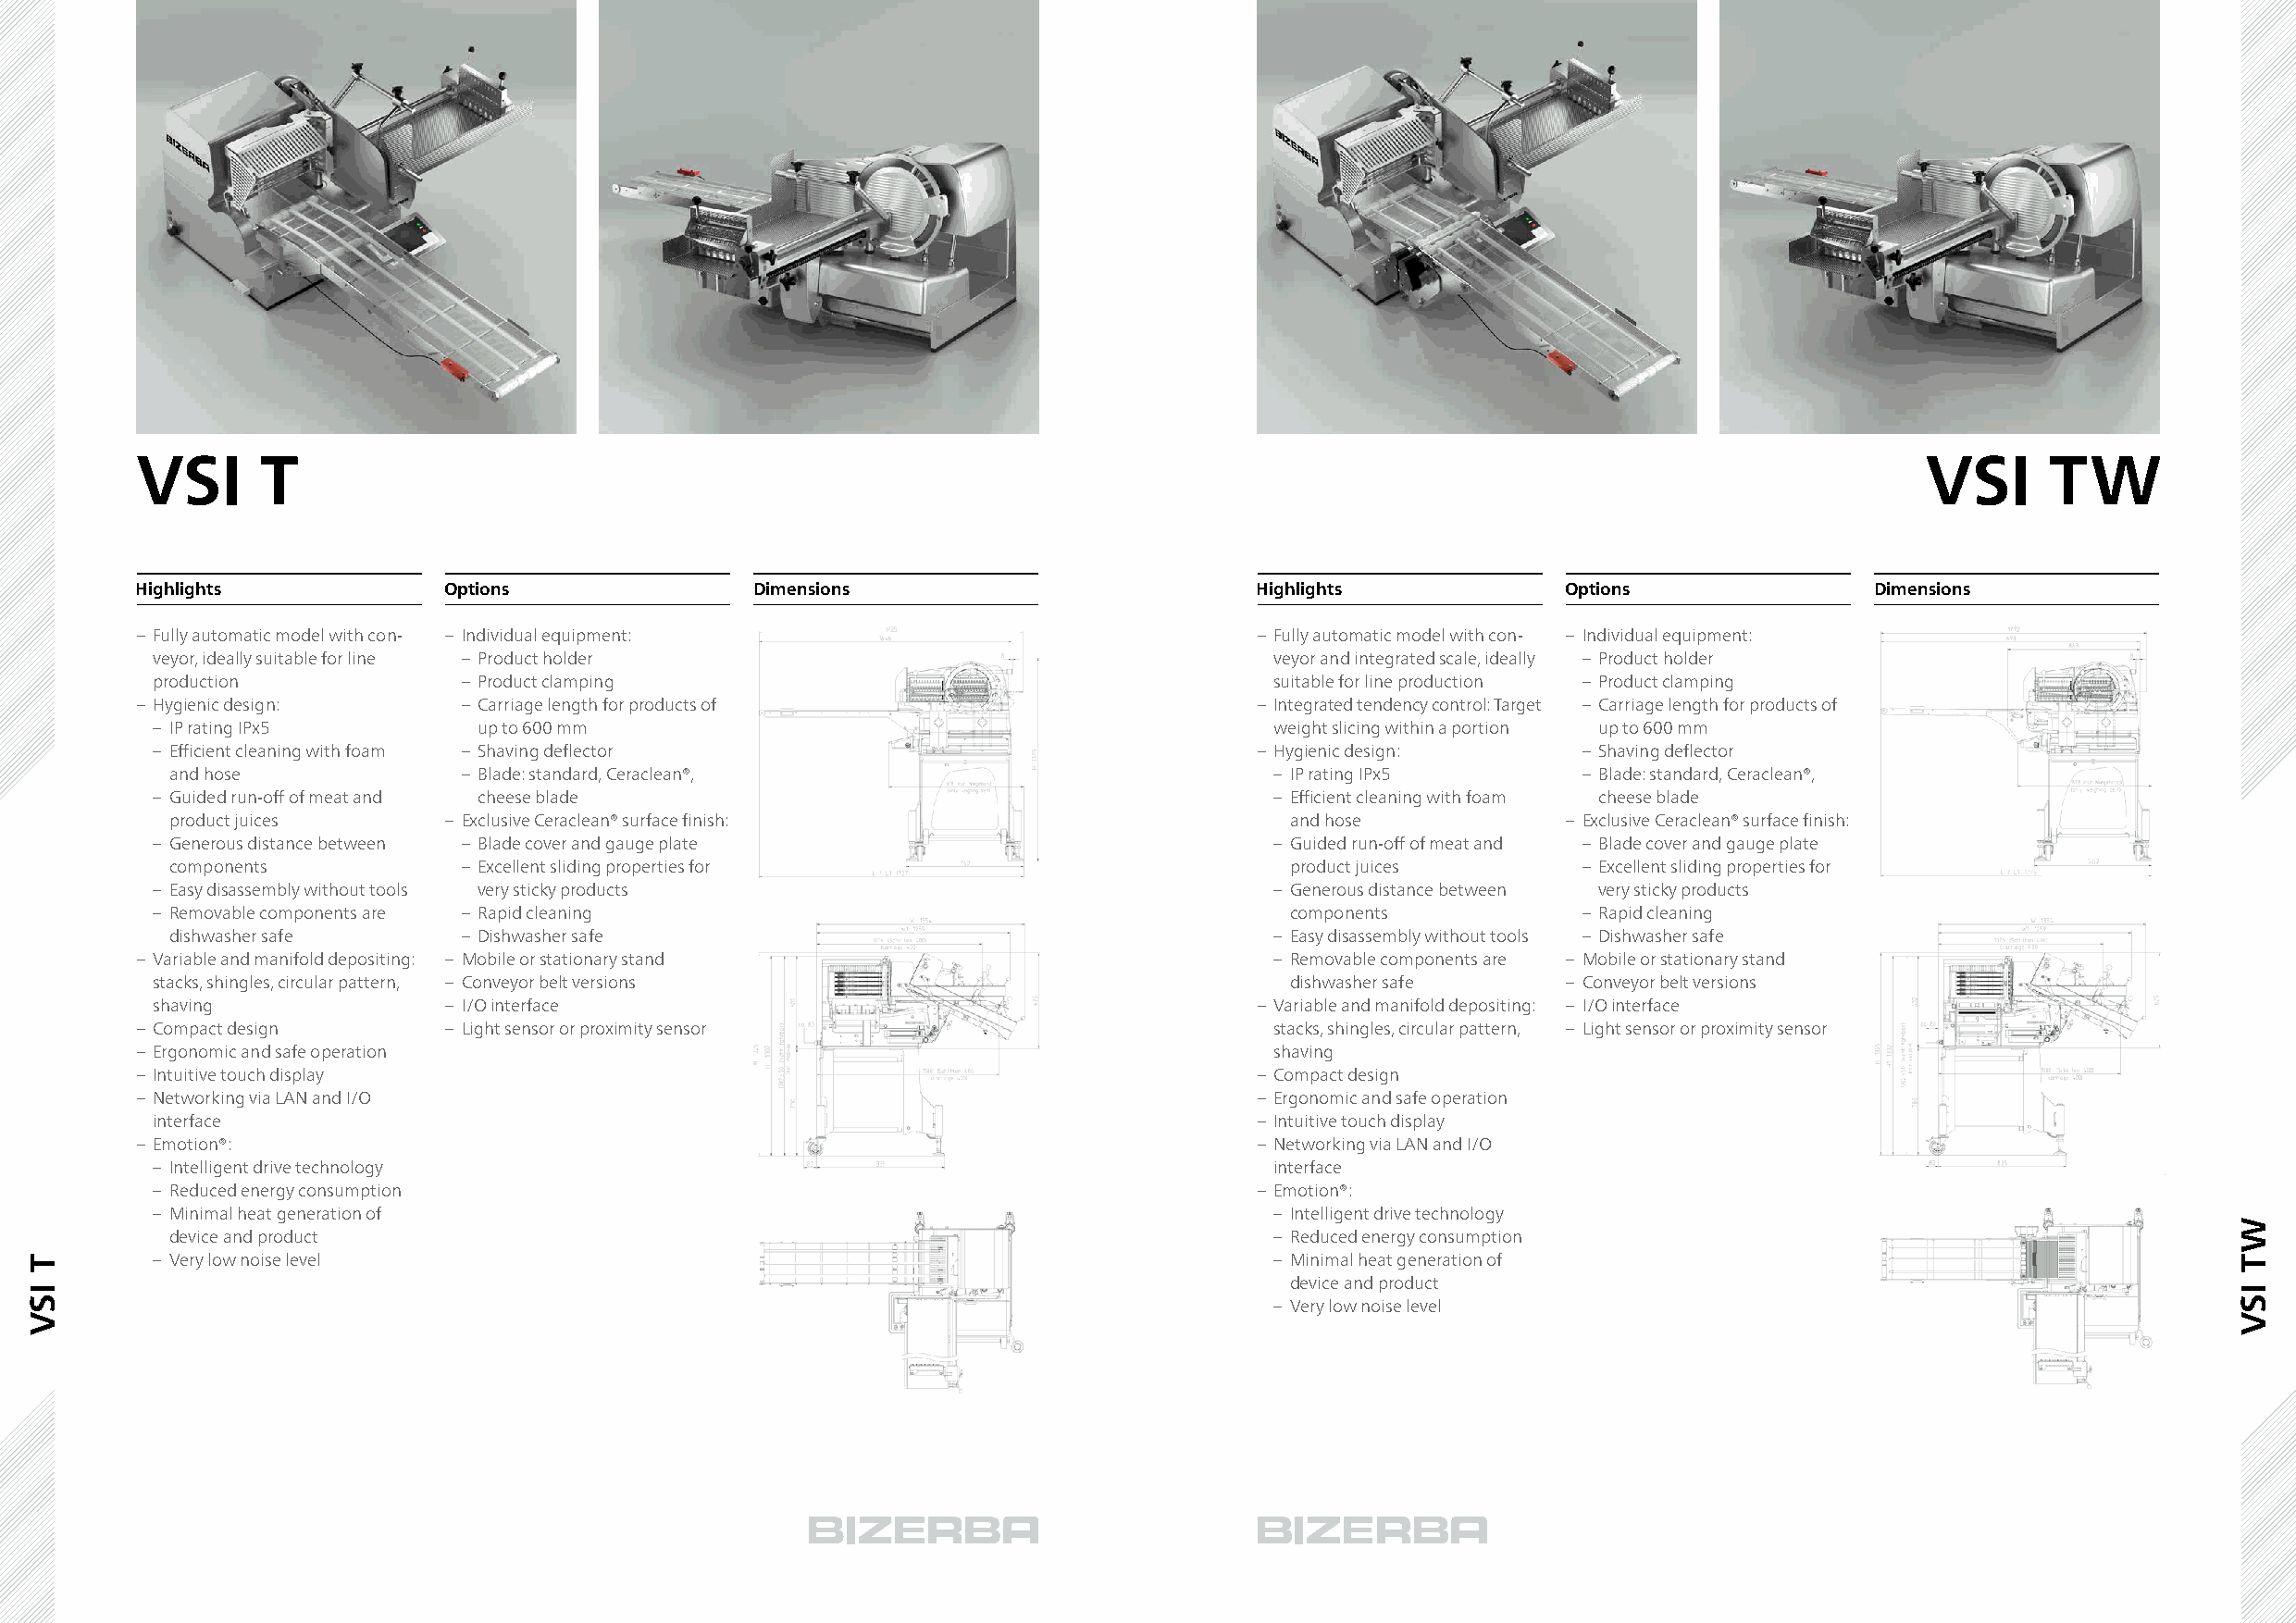
VSI      T                                                                                                                      VSI      TW
 Highlights            Options               Dimensions                          Highlights            Options               Dimensions
 – Fully automatic model with con- – Individual equipment:                       – Fully automatic model with con- – Individual equipment:
 veyor, ideally suitable for line – Product holder                               veyor and integrated scale, ideally – Product holder
 production            – Product clamping                                        suitable for line production – Product clamping
 – Hygienic design:     – Carriage length for products of                        – Integrated tendency control: Target – Carriage length for products of
 – IP rating IPx5       up to 600 mm                                             weight slicing within a portion up to 600 mm
 – Efficient cleaning with foam – Shaving deflector                             – Hygienic design:     – Shaving deflector
 and hose             – Blade: standard, Ceraclean®,                            – IP rating IPx5      – Blade: standard, Ceraclean®,
 – Guided run-off of meat and cheese blade                                       – Efficient cleaning with foam cheese blade
 product juices      – Exclusive Ceraclean® surface finish:                      and hose            – Exclusive Ceraclean® surface finish:
 – Generous distance between – Blade cover and gauge plate                       – Guided run-off of meat and – Blade cover and gauge plate
 components           – Excellent sliding properties for                         product juices       – Excellent sliding properties for
 – Easy disassembly without tools very sticky products                           – Generous distance between very sticky products
 – Removable components are – Rapid cleaning                                      components           – Rapid cleaning
 dishwasher safe      – Dishwasher safe                                         – Easy disassembly without tools – Dishwasher safe
 – Variable and manifold depositing: – Mobile or stationary stand                 – Removable components are – Mobile or stationary stand
 stacks, shingles, circular pattern, – Conveyor belt versions                     dishwasher safe     – Conveyor belt versions
 shaving              – I/O interface                                           – Variable and manifold depositing: – I/O interface
 – Compact design      – Light sensor or proximity sensor                         stacks, shingles, circular pattern, – Light sensor or proximity sensor
 – Ergonomic and safe operation                                                   shaving
 – Intuitive touch display                                                       – Compact design
 – Networking via LAN and I/O                                                    – Ergonomic and safe operation
 interface                                                                      – Intuitive touch display
 – Emotion®:                                                                     – Networking via LAN and I/O
 – Intelligent drive technology                                                  interface
 – Reduced energy consumption                                                   – Emotion®:
 – Minimal heat generation of                                                    – Intelligent drive technology
 device and product                                                             – Reduced energy consumption
 – Very low noise level                                                          – Minimal heat generation of
 device and product
 – Very low noise level
 T
 ISV
 WT
 ISV